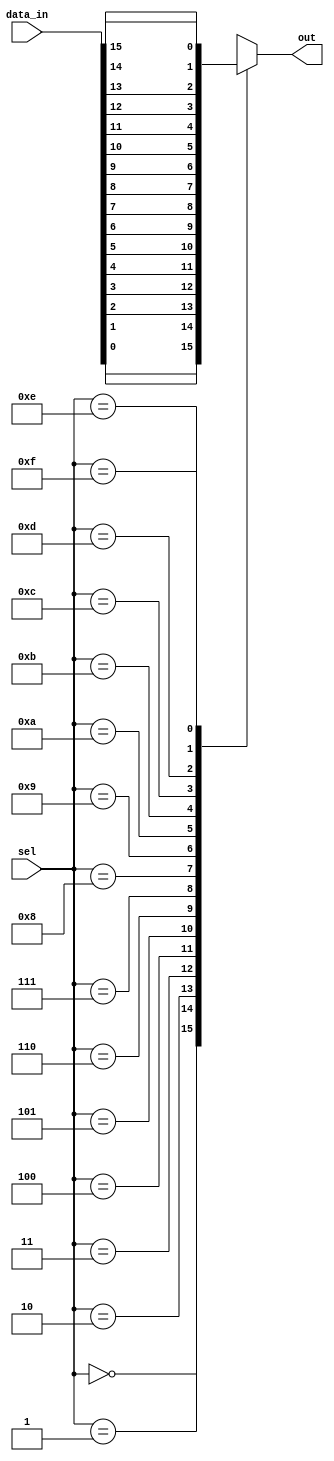
module mux_16_1 (
    input [15:0] data_in,
    input [3:0] sel,
    output reg out
);

always @(*)
begin
    case(sel)
        4'b0000: out = data_in[0];
        4'b0001: out = data_in[1];
        4'b0010: out = data_in[2];
        4'b0011: out = data_in[3];
        4'b0100: out = data_in[4];
        4'b0101: out = data_in[5];
        4'b0110: out = data_in[6];
        4'b0111: out = data_in[7];
        4'b1000: out = data_in[8];
        4'b1001: out = data_in[9];
        4'b1010: out = data_in[10];
        4'b1011: out = data_in[11];
        4'b1100: out = data_in[12];
        4'b1101: out = data_in[13];
        4'b1110: out = data_in[14];
        4'b1111: out = data_in[15];
        default: out = 0;
    endcase
end

endmodule